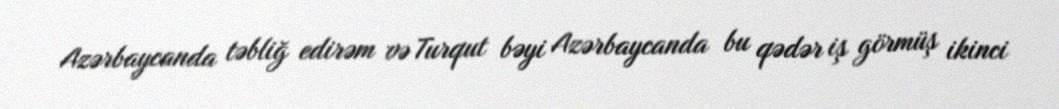
Azərbaycanda təbliğ edirəm və Turqut bəyi Azərbaycanda bu qədər iş görmüş ikinci